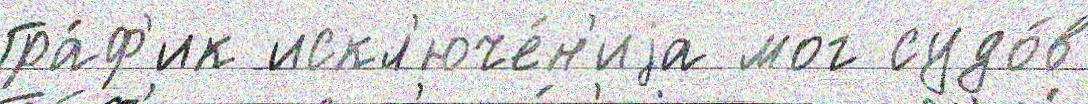
Гра́ф'ик искл'юче́н'иjа мог судо́в